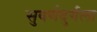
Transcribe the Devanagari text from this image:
सुवर्णदुर्गला